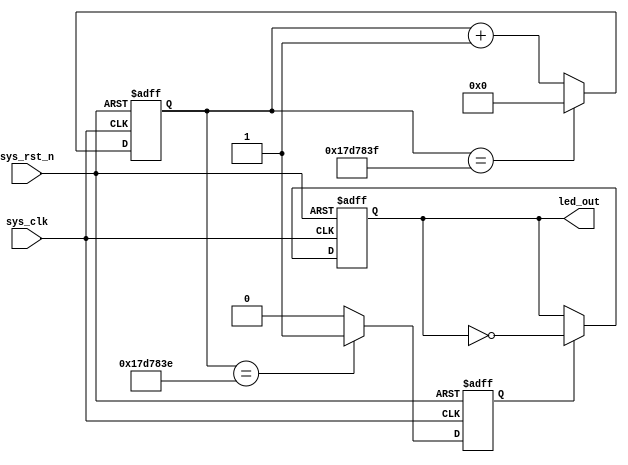
/* module counter

#(
    parameter   CNT_MAX = 25'd24_999_999  //

)
(
    input   wire    sys_clk     ,
    input   wire    sys_rst_n   ,
    output  reg     led_out     
    
);
//
//parameter   CNT_MAX = 25'd24_999_999  
//localparam   CNT_MAX = 25'd24_999_999  

reg [24:0] cnt;


always@(posedge sys_clk or negedge sys_rst_n)

    if(sys_rst_n == 1'b0)
        cnt <= 25'b0;
    else if(cnt == CNT_MAX)
        cnt <= 25'b0;
    else
        cnt <= cnt + 1'b1;
  
always@(posedge sys_clk or negedge sys_rst_n)
    
    if(sys_rst_n == 1'b0)
        led_out <= 1'b0;
    else if(cnt == CNT_MAX)
        led_out <= ~led_out;

endmodule   */

module counter

#(
    parameter   CNT_MAX = 25'd24_999_999

)
(
    input   wire    sys_clk     ,
    input   wire    sys_rst_n   ,
    output  reg     led_out     
    
);

reg [24:0] cnt;
reg        cnt_flag;

always@(posedge sys_clk or negedge sys_rst_n)

    if(sys_rst_n == 1'b0)
        cnt <= 25'b0;
    else if(cnt == CNT_MAX)
        cnt <= 25'b0;
    else
        cnt <= cnt + 1'b1;

always@(posedge sys_clk or negedge sys_rst_n)
    
    if(sys_rst_n == 1'b0)
        cnt_flag <= 1'b0;
    else if(cnt == CNT_MAX - 1'b1)
        cnt_flag <= 1'b1;
    else
        cnt_flag <= 1'b0;
        
always@(posedge sys_clk or negedge sys_rst_n)
    
    if(sys_rst_n == 1'b0)
        led_out <= 1'b0;
    else if(cnt_flag == 1'b1)
        led_out <= ~led_out;
        
    else
        led_out <= led_out;


endmodule